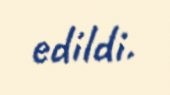
edildi.